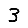
Digit: 3